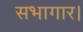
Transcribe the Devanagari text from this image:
सभागार।